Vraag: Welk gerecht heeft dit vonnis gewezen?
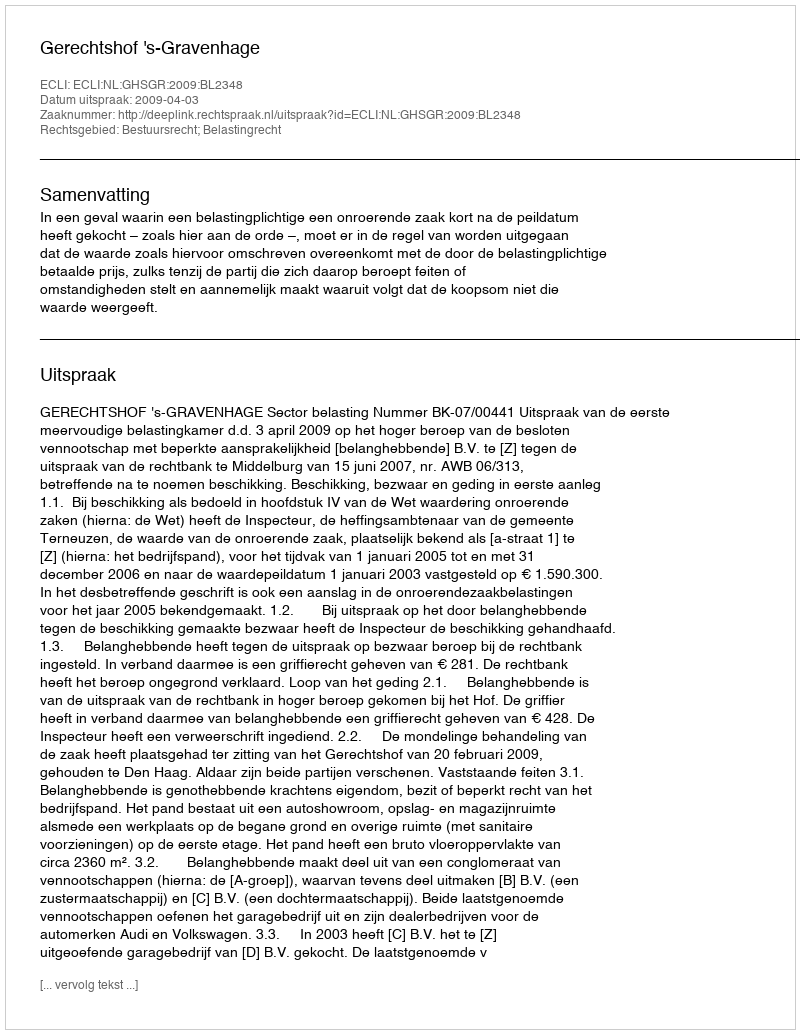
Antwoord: Gerechtshof 's-Gravenhage